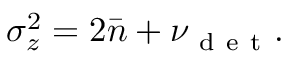
\sigma _ { z } ^ { 2 } = 2 \bar { n } + \nu _ { \mathrm { ~ d ~ e ~ t ~ } } .